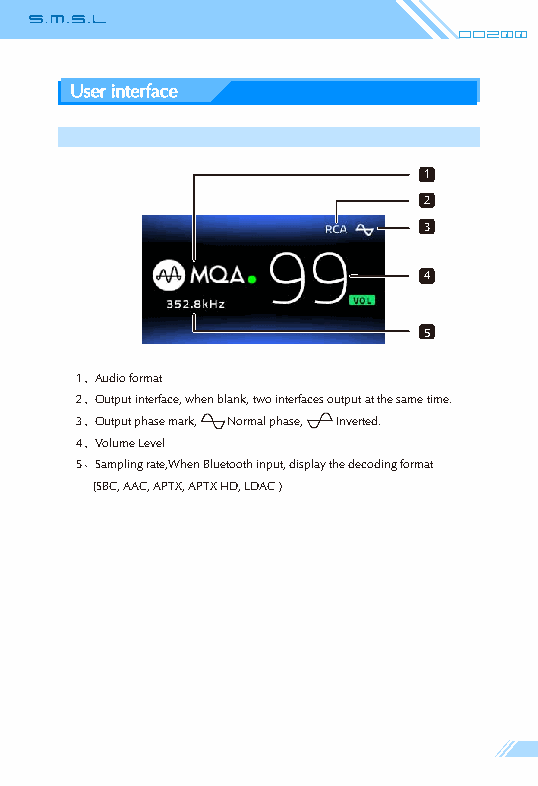
Do200
 User interface
 1
 2
 3
 4
 5
 1、Audio format
 2、Output interface, when blank, two interfaces output at the same time.
 3、Output phase mark, Normal phase, Inverted.
 4、Volume Level
 5、Sampling rate,When Bluetooth input, display the decoding format
 (SBC, AAC, APTX, APTX HD, LDAC )